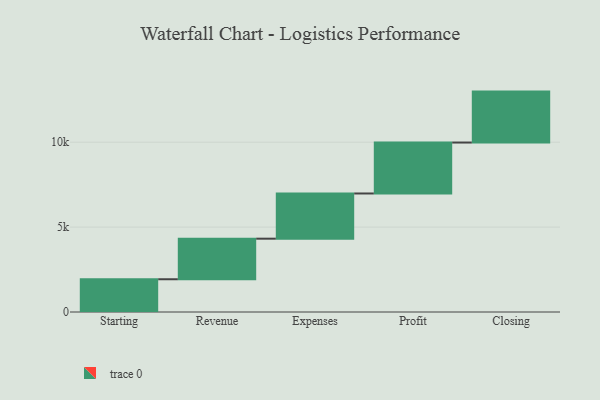
{"axis": {"x": "Step", "y": "Value"}, "legend": [""], "data": [{"x": "Starting", "y": 1929.0, "type": ""}, {"x": "Revenue", "y": 2389.0, "type": ""}, {"x": "Expenses", "y": 2662.0, "type": ""}, {"x": "Profit", "y": 3000, "type": ""}, {"x": "Closing", "y": 3000, "type": ""}]}